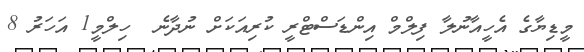
މީޑިޔާގެ އެހީއާނުލާ ފިލްމް އިންޑަސްޓްރީ ކުރިއަކަށް ނުދާނެ  ހިލްމީ1 އަހަރު 8